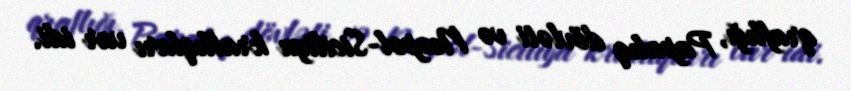
qraflığı, Papalıq dövləti və Neopol-Siciliya krallıqları var idi.